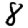
Digit: 8